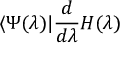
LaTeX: \langle \Psi ( \lambda ) | \frac { d } { d \lambda } H ( \lambda )